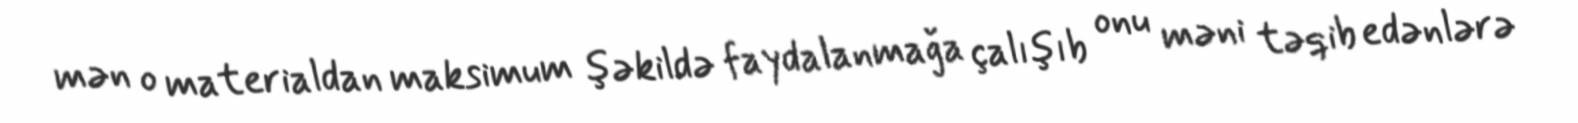
mən o materialdan maksimum şəkildə faydalanmağa çalışıb onu məni təqib edənlərə